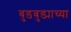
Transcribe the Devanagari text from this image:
बुडबुड्याच्या